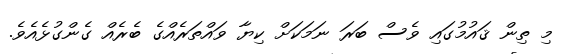
މި ތިން ޤައުމުގައި ވެސް ބަރަ ނަމަކަށް ކިޔާ ވައްތަރެއްގެ ބެރެއް ގެންގުޅެއެވެ.